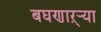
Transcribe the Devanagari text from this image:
बघणाऱ्र्‍या